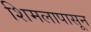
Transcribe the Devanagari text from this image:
शिमलापासून